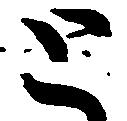
と